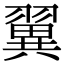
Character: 翼